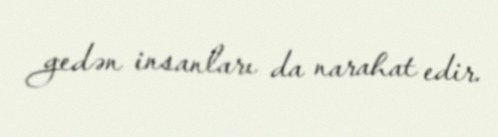
gedən insanları da narahat edir.